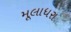
મૂલાધરા